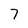
Character: 7